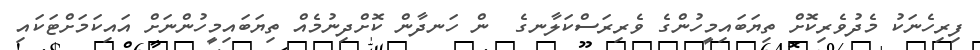
ފިރިހެނަކު މެދުވެރިކޮށް ތިޔަބައިމީހުންގެ ވެރިރަސްކަލާނގެ  ން ހަނދާން ކޮށްދިނުމެއް ތިޔަބައިމީހުންނަށް އައިކަމަށްޓަކައި